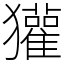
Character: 獾